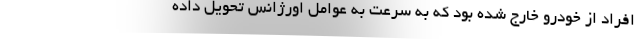
افراد از خودرو خارج شده بود که به سرعت به عوامل اورژانس تحویل داده